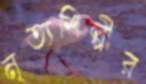
নৃত্যশিল্পীর